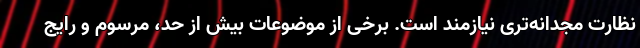
نظارت مجدانه‌تری نیازمند است. برخی از موضوعات بیش از حد، مرسوم و رایج